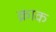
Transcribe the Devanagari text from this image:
क्राक